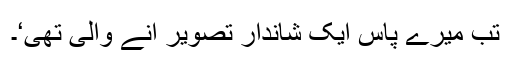
تب میرے پاس ایک شاندار تصویر آنے والی تھی‘۔